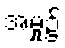
အမှု၌